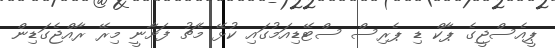
ޕީއެސްޖީގެ ޕާކް ޑި ޕެރިސް ސްޓޭޑިއަމުގައި ކުޅޭ މެޗު ފަށާނީ މިރޭ ރާއްޖެގަޑިން